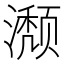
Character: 𬉏